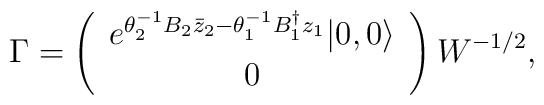
\Gamma=\left(\begin{array}{c}e^{\theta_2^{-1}B_2\bar{z}_2-\theta_1^{-1}B_1^\dag z_1}|0,0\rangle\\ 0\end{array}\right)W^{-1/2},